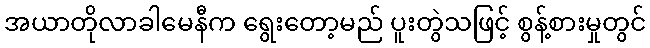
အယာတိုလာခါမေနီက ရွေးတော့မည် ပူးတွဲသဖြင့် စွန့်စားမှုတွင်